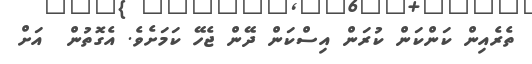
ތެރެއިން ކަންކަން ކުރަން އިސްކަން ދޭން ޖެހޭ ކަމަށެވެ. އެގޮތުން  އަށް